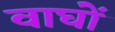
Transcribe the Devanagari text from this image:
वाघों